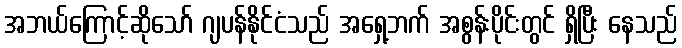
အဘယ်ကြောင့်ဆိုသော် ဂျပန်နိုင်ငံသည် အရှေ့ဘက် အစွန်းပိုင်းတွင် ရှိပြီး နေသည်